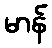
မာန်